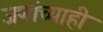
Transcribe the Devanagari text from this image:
जणांच्याही